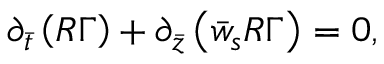
\partial _ { \bar { t } } \left( R \Gamma \right) + \partial _ { \bar { z } } \left( \bar { w } _ { s } R \Gamma \right) = 0 ,